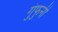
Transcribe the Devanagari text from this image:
गुंफुनी